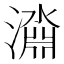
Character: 𱩞